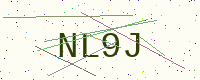
Text: NL9J